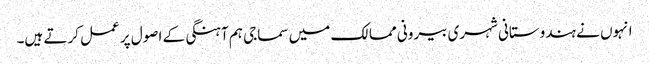
انہوں نے ہندوستانی شہری بیرونی ممالک میں سماجی ہم آہنگی کے اصول پر عمل کرتے ہیں۔